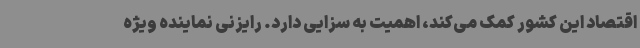
اقتصاد این کشور کمک می‌کند، اهمیت به سزایی دارد. رایزنی نماینده ویژه